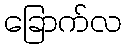
ခြောက်လ